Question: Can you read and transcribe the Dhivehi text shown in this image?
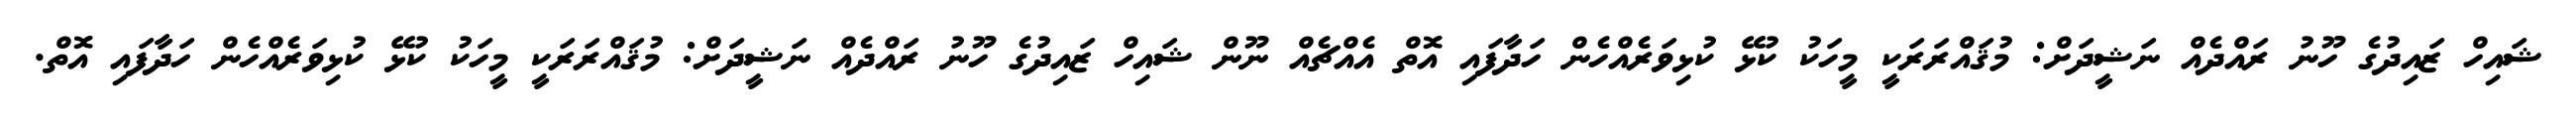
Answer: ޝައިހް ޒައިދުގެ ހޫނު ރައްދެއް ނަޝީދަށް: މުޤައްރަރަކީ މީހަކު ކުޅޭ ކުޅިވަރެއްހެން ހަދާފައި އޮތް އެއްޗެއް ނޫން ޝައިހް ޒައިދުގެ ހޫނު ރައްދެއް ނަޝީދަށް: މުޤައްރަރަކީ މީހަކު ކުޅޭ ކުޅިވަރެއްހެން ހަދާފައި އޮތް.